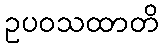
ဥပဝသထာတိ